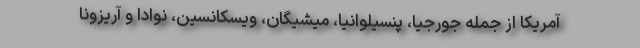
آمریکا از جمله جورجیا، پنسیلوانیا، میشیگان، ویسکانسین، نوادا و آریزونا